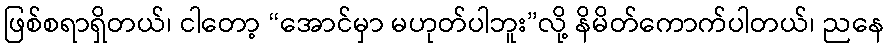
ဖြစ်စရာရှိတယ်၊ ငါတော့ “အောင်မှာ မဟုတ်ပါဘူး”လို့ နိမိတ်ကောက်ပါတယ်၊ ညနေ